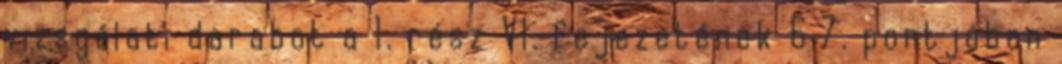
vizsgálati darabot a 1. rész VI. fejezetének 6.7. pontjában